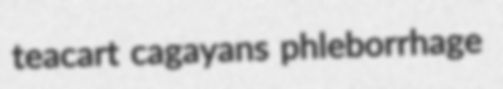
teacart cagayans phleborrhage